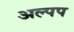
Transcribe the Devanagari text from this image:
अल्पप